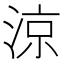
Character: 涼